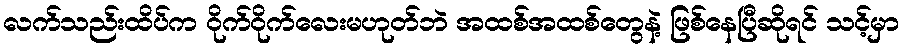
လက်သည်းထိပ်က ဝိုက်ဝိုက်လေးမဟုတ်ဘဲ အထစ်အထစ်တွေနဲ့ ဖြစ်နေပြီဆိုရင် သင့်မှာ